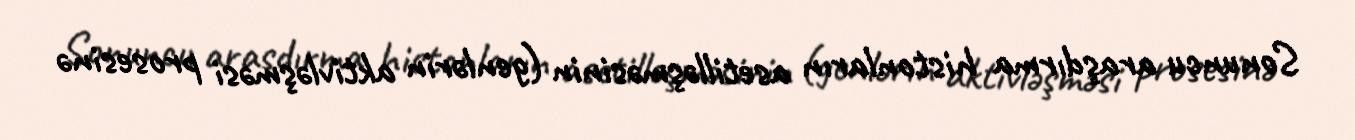
Sonuncu araşdırma histonların asetilləşməsinin (genlərin aktivləşməsi prosesinə